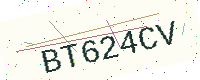
Text: BT624CV